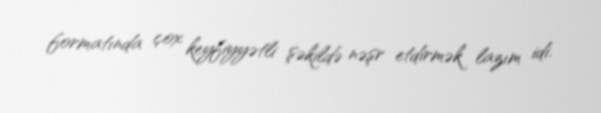
formatında çox keyfiyyətli şəkildə nəşr etdirmək lazım idi.